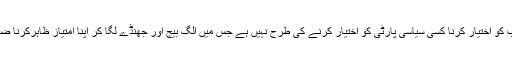
کسی مذہب کو اختیار کرنا کسی سیاسی پارٹی کو اختیار کرنے کی طرح نہیں ہے جس میں الگ بیج اور جھنڈے لگا کر اپنا امتیاز ظاہرکرنا ضروری ہو۔